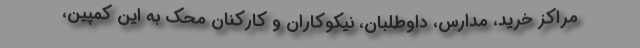
مراکز خرید، مدارس، داوطلبان، نیکوکاران و کارکنان محک به این کمپین،